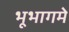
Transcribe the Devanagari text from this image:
भूभागमे